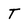
Character: T